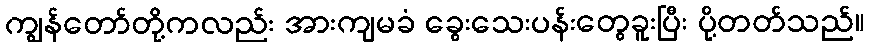
ကျွန်တော်တို့ကလည်း အားကျမခံ ခွေးသေးပန်းတွေခူးပြီး ပို့တတ်သည်။